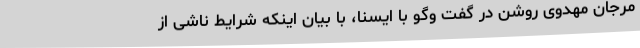
مرجان مهدوی روشن در گفت وگو با ایسنا، با بیان اینکه شرایط ناشی از